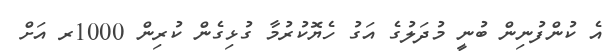
އެ ކުންފުނިން ބުނީ މުދަލުގެ އަގު ހެޔޮކުރުމާ ގުޅިގެން ކުރިން 1000ރ އަށް